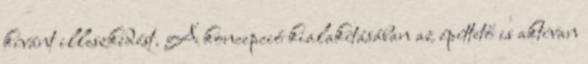
kívánt illeszkedést. A koncepció kialakításában az építtető is aktívan